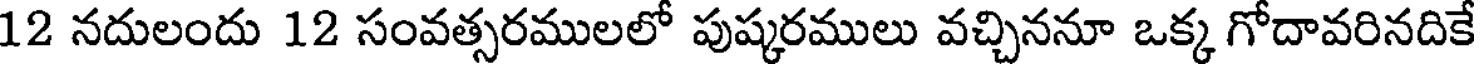
12 నదులందు 12 సంవత్సరములలో పుష్కరములు వచ్చిననూ ఒక్క గోదావరినదికే